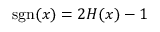
\operatorname { s g n } ( x ) = 2 H ( x ) - 1